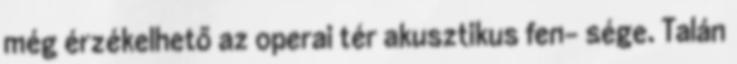
még érzékelhető az operai tér akusztikus fen- sége. Talán